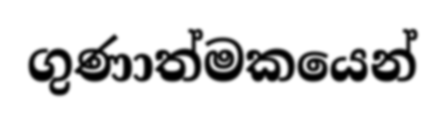
ගුණාත්මකයෙන්